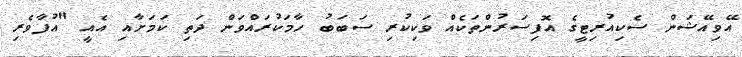
އޭވިއޭޝަން ސެކިއުރިޓީގެ އޮފިސަރުންތަކެއް ވަކިކުރި ސަބަބު ހާމަކުރައްވަން ދަތި ކަމަށާއި އެއީ "އުފާވެރި